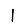
Digit: 1